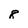
Character: 8